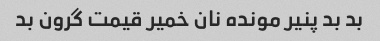
بد بد پنیر مونده نان خمیر قیمت گرون بد